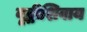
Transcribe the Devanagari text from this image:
वृद्धीशिवाय